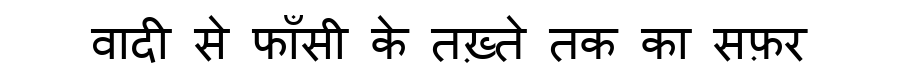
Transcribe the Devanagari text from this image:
वादी से फाँसी के तख़्ते तक का सफ़र